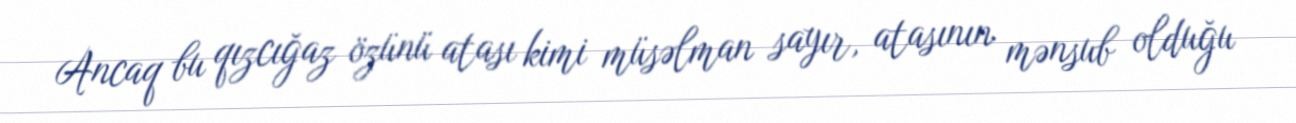
Ancaq bu qızcığaz özünü atası kimi müsəlman sayır, atasının mənsub olduğu